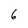
Character: 6